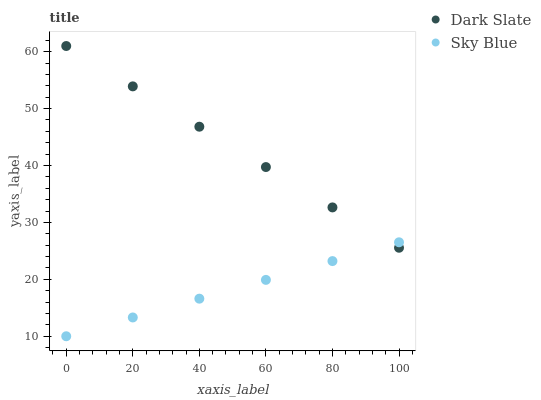
| xaxis_label | Dark Slate | Sky Blue |
 | --- | --- | --- |
 | 0 | 61 | 10 |
 | 20 | 53.9 | 13.3 |
 | 40 | 46.8 | 16.6 |
 | 60 | 39.7 | 19.9 |
 | 80 | 32.6 | 23.2 |
 | 100 | 25.6 | 26.5 |